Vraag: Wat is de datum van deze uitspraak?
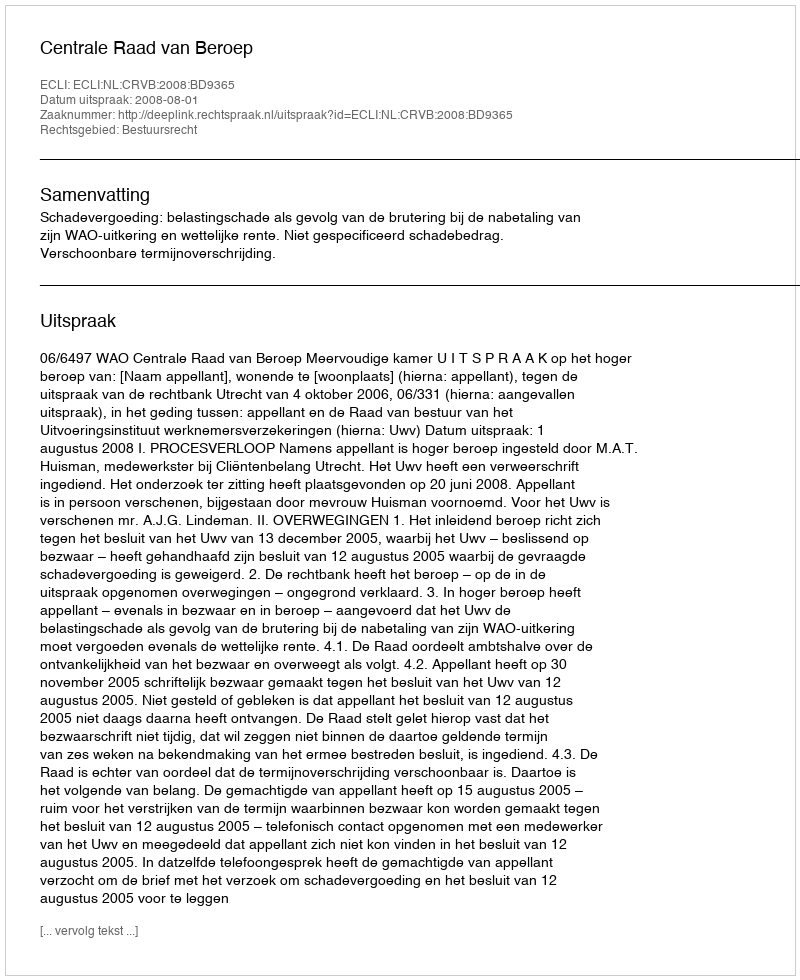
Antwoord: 2008-08-01